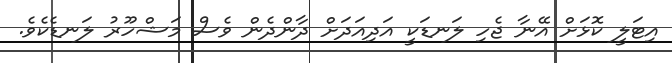
އިޓަލީ ކޮޅަށް އޭނާ ޖެހި ލަނޑަކީ އަދިއަދަށް ދާންދެން ވެސް މަޝްހޫރު ލަނޑެކެވެ.